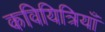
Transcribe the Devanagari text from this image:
कवियित्रियाँ